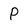
Character: p